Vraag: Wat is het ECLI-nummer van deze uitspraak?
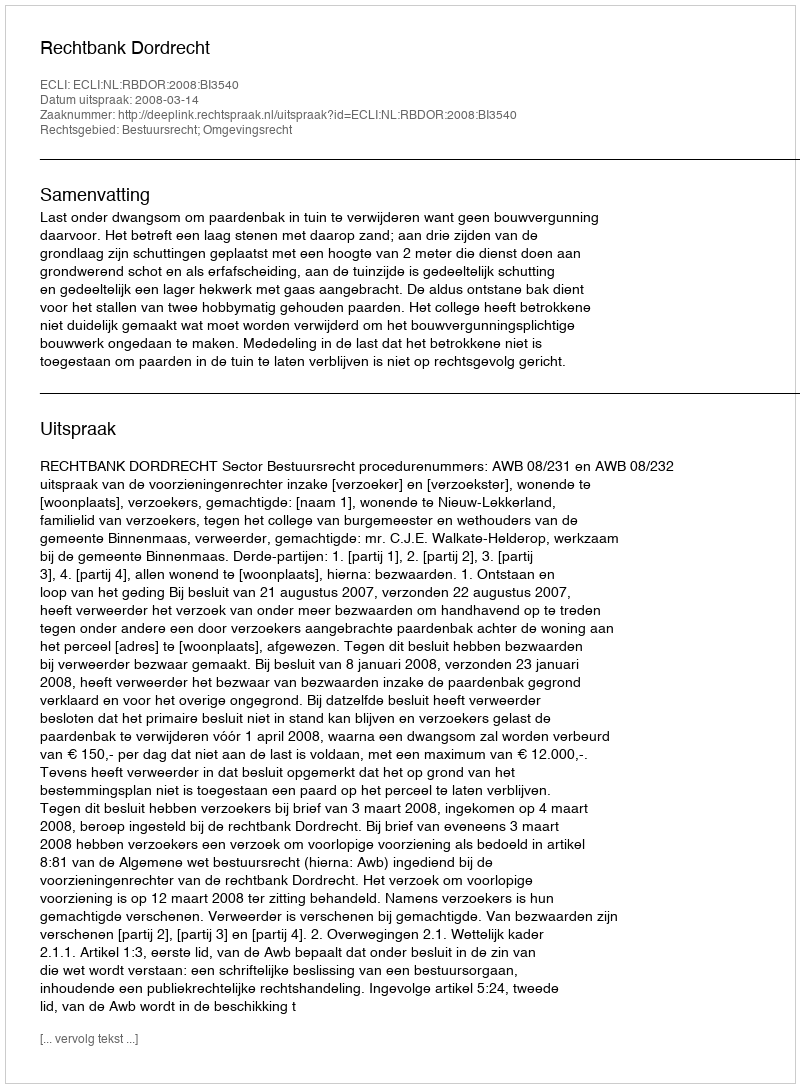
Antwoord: ECLI:NL:RBDOR:2008:BI3540